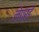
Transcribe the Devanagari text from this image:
लेपरहे